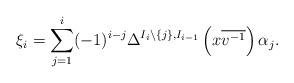
LaTeX: \begin{align*}\xi_i=\sum_{j=1}^i (-1)^{i-j}\Delta^{I_i\setminus\{j\},I_{i-1}}\left(x\overline{v^{-1}}\right)\alpha_j.\end{align*}